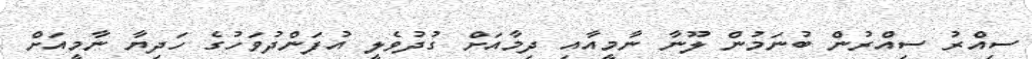
ސިއްރު ސިއްރުން ބުނަމުން ލޫނާ ނާމީއާއި ދިމާއަށް ގުދުވެލީ އުފަންދުވަހުގެ ހަދިޔާ ނާމީއަށް